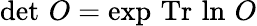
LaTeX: \operatorname*{det}\, O=\exp\, \mathrm{Tr}\, \ln\, O